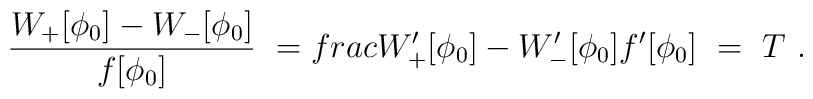
\frac{W_+[\phi_0]-W_-[\phi_0]}{f[\phi_0]}\ = \\frac{W'_+[\phi_0]-W'_-[\phi_0]}{f'[\phi_0]}\ = \ T \ .